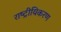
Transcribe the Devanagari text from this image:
राष्ट्रीयिकरण